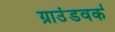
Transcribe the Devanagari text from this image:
ग्राउंडवर्क